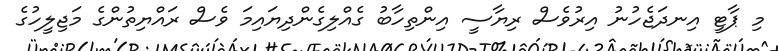
މި ޕާޓީ އިނދަޖެހުނު އިރުވެސް ރިޔާސީ އިންތިހާބު ގެއްލިގެންދިޔައިމަ ވެސް ރައްޔިތުންގެ މަޖިލީހުގެ